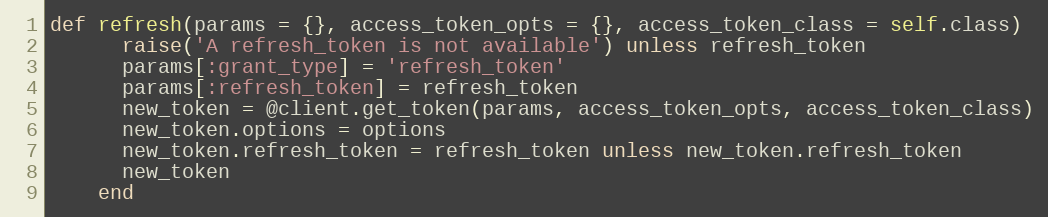
Language: Ruby
def refresh(params = {}, access_token_opts = {}, access_token_class = self.class)
      raise('A refresh_token is not available') unless refresh_token
      params[:grant_type] = 'refresh_token'
      params[:refresh_token] = refresh_token
      new_token = @client.get_token(params, access_token_opts, access_token_class)
      new_token.options = options
      new_token.refresh_token = refresh_token unless new_token.refresh_token
      new_token
    end